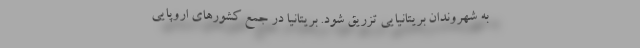
به شهروندان بریتانیایی تزریق شود. بریتانیا در جمع کشورهای اروپایی